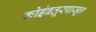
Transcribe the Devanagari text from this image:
कोइंबतूरपासून